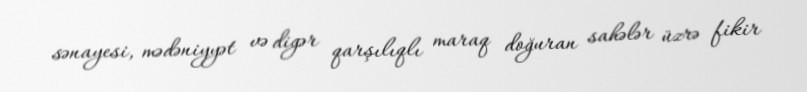
sənayesi, mədəniyyət və digər qarşılıqlı maraq doğuran sahələr üzrə fikir